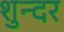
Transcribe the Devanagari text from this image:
शुन्दर